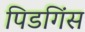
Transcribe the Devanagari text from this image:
पिडगिंस